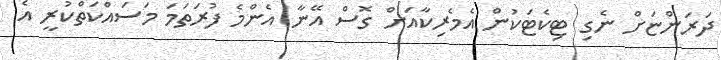
ދަރަންޏަށް ނެގި ޓިކެޓަކުން އެމެރިކާއަށް ގޮސް އޭނާ އެންމެ ފުރަތަމަ މަސައްކަތްކުރީ އެ